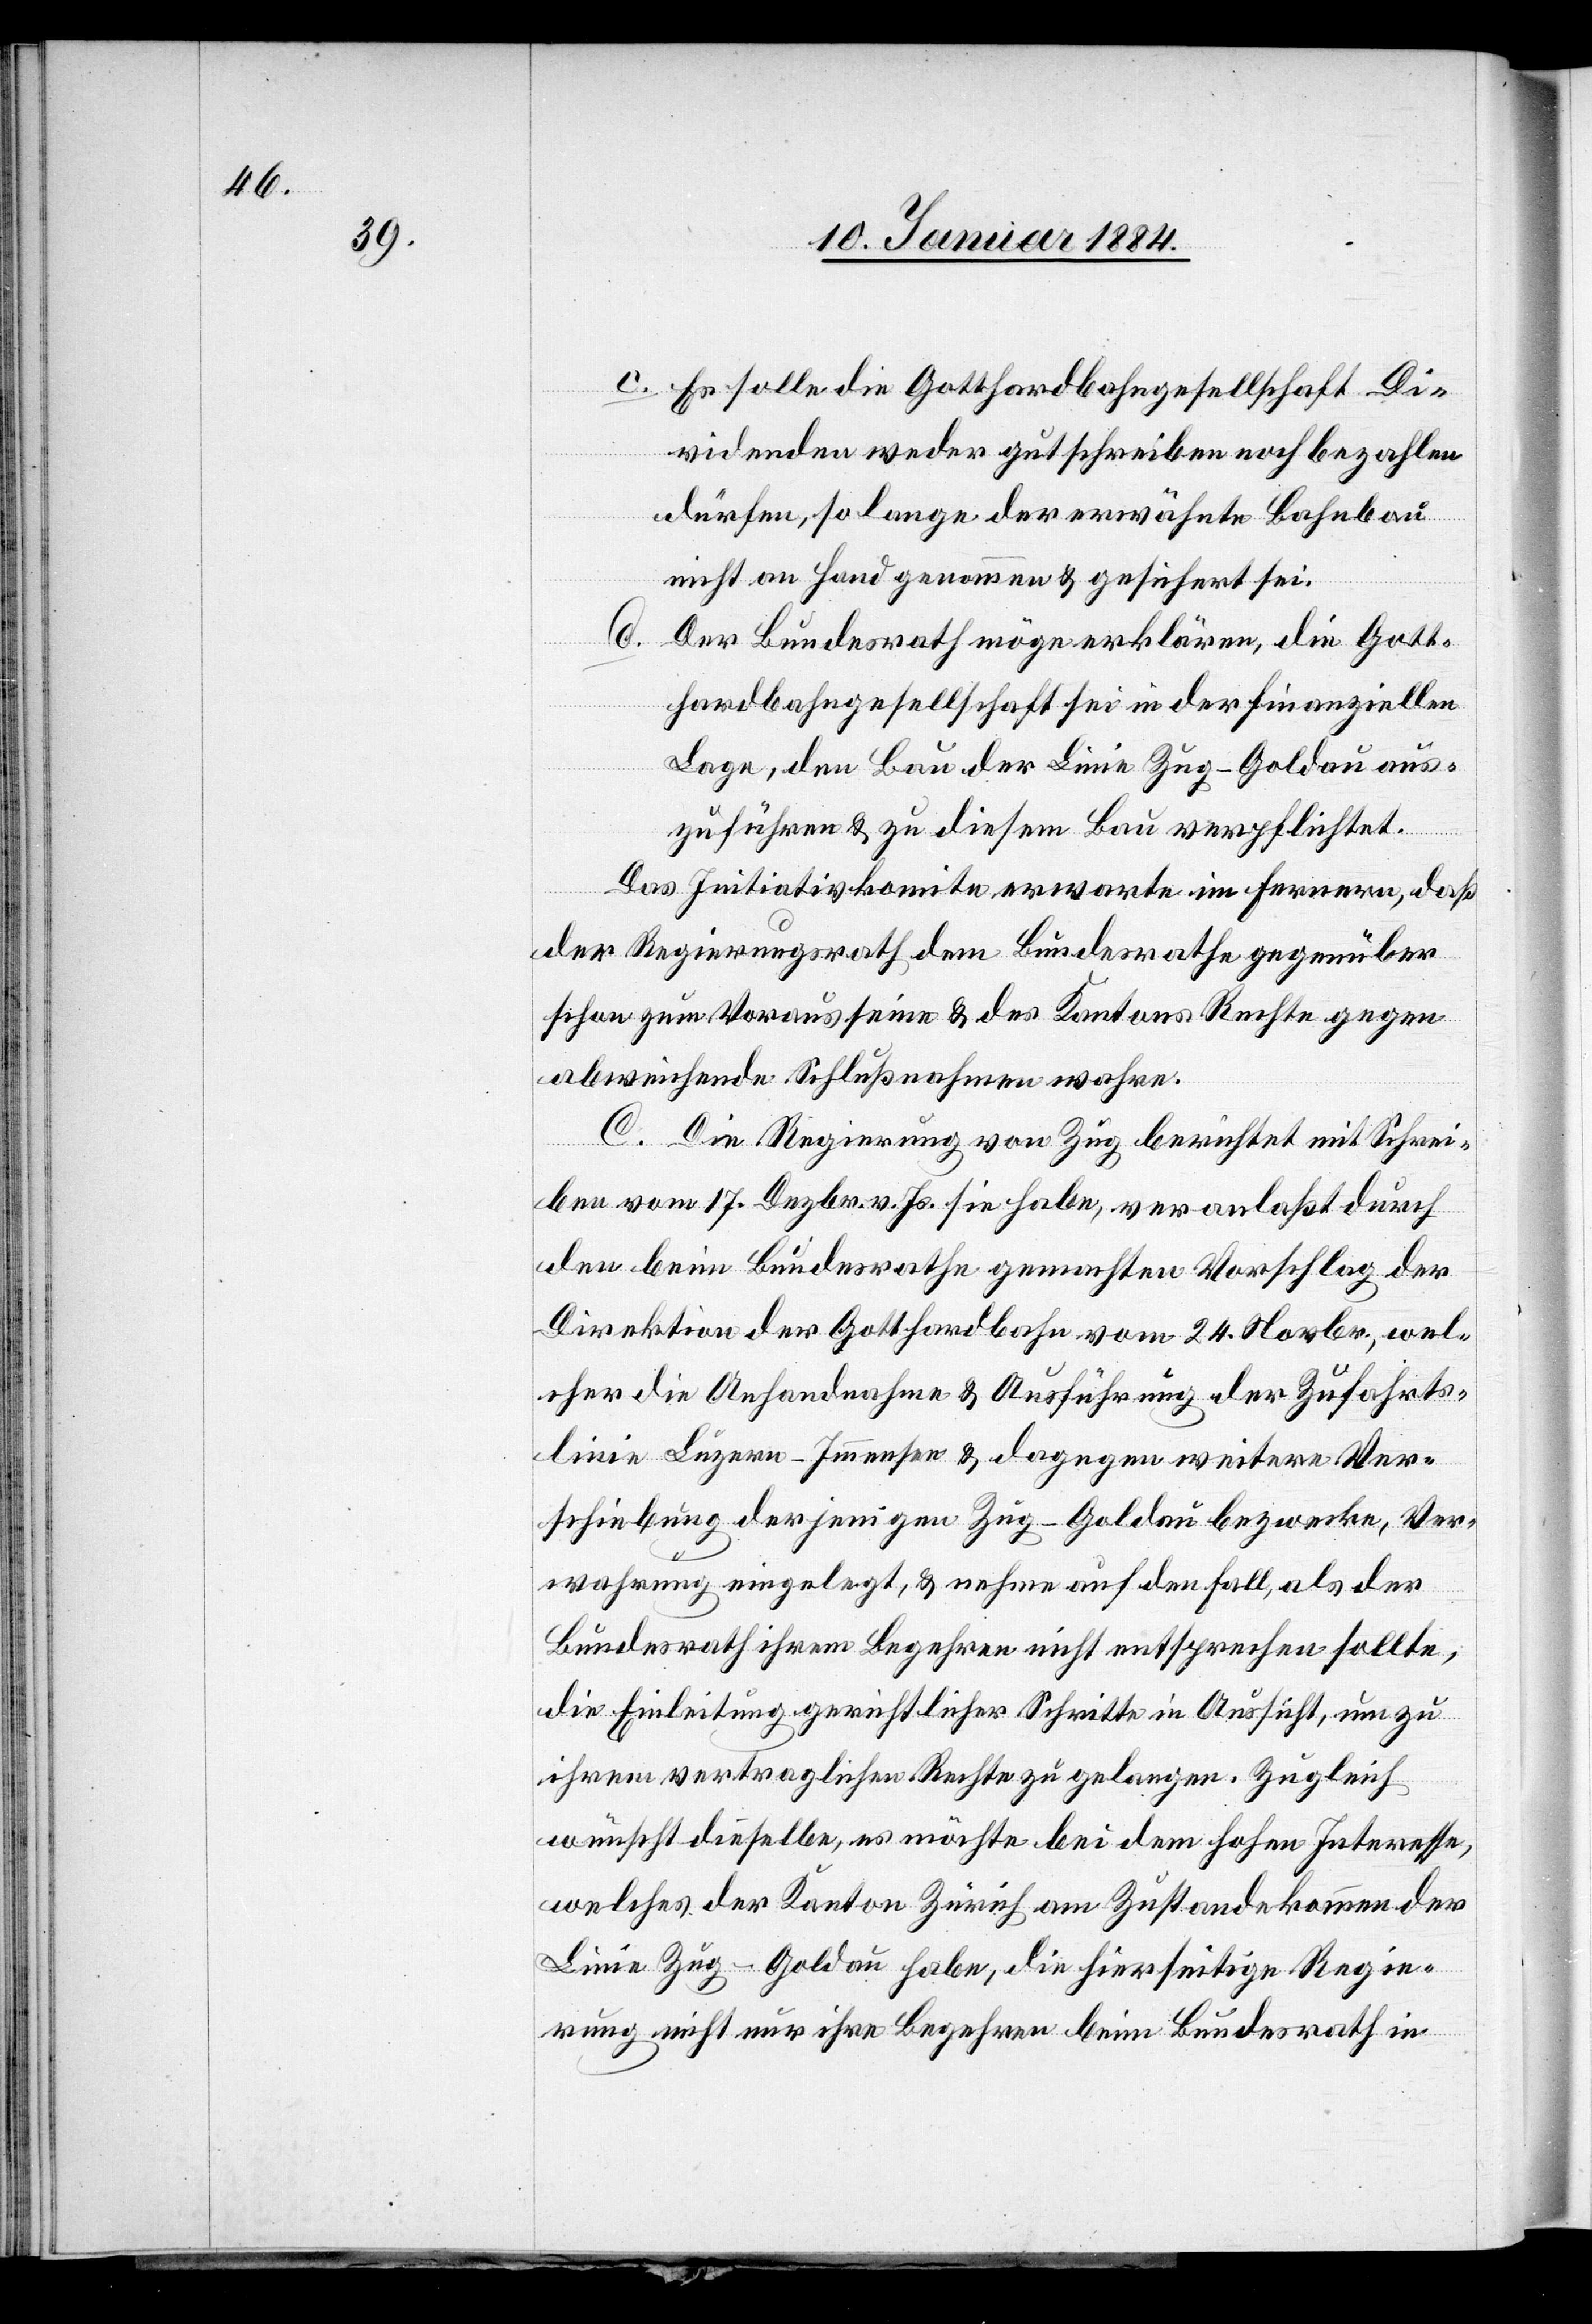
c. Es solle die Gotthardbahngesellschaft Di¬
videnden weder gut schreiben noch bezahlen
dürfen, solange der erwähnte Bahnbau
nicht an Hand genommen & gesichert sei.
d. Der Bundesrath möge erklären, die Gott¬
hardbahngesellschaft sei in der finanziellen
Lage, den Bau der Linie Zug–Goldau aus¬
zuführen & zu diesem Bau verpflichtet.
Das Initiativkomite erwarte im ferneren, daß
der Regierungsrath dem Bundesrathe gegenüber
schon zum Voraus seine & des Kantons Rechte gegen
abweichende Schlußnahme wahre.
C. Die Regierung von Zug berichtet mit Schrei¬
ben vom 17. Dezbr. v. Js. sie habe, veranlaßt durch
den beim Bundesrathe gemachten Vorschlag der
Direktion der Gotthardbahn vom 24. Novbr., wel¬
cher die Anhandnahme & Ausführung der Zufahrts¬
linie Luzern–Immensee & dagegen weitere Ver¬
schiebung derjenigen Zug–Goldau bezwecke, Ver¬
wahrung eingelegt, & nehme auf den Fall, falls der
Bundesrath ihrem Begehren nicht entsprechen sollte,
die Einleitung gerichtlicher Schritte in Aussicht, um zu
ihrem vertraglichen Rechte zu gelangen. Zugleich
wünscht dieselbe, es möchte bei dem hohen Interesse,
welches der Kanton Zürich am Zustandekommen der
Linie Zug–Goldau habe, die hierseitige Regie¬
rung nicht nur ihre Begehren beim Bundesrath in